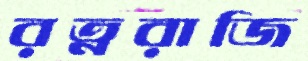
রত্নরাজি